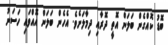
ބޮޑު ކޮއްގެން ބަލަން އޮތީ ދޮރާއި ދިމާލަށެވެ. އެހެން ބަލަން އޮއްވައި ހަސަނު